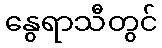
နွေရာသီတွင်